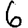
Digit: 6